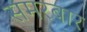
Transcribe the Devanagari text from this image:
समरबार